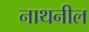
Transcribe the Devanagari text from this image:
नाथनील